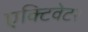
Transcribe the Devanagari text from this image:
एक्टिवेटर